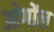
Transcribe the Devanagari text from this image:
ओगोंल